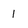
Character: 1